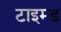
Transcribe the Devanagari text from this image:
टाइम्ड